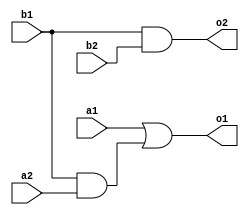
// Implement the O operator.
module O_Operator(a1, b1, a2, b2, o1, o2);

    // Module parameters.
    input a1, b1, a2, b2;
    output o1, o2;

    // Temp variables.
    wire tmp;

    // Gate assignments.
    and(tmp, b1, a2);
    or(o1, a1, tmp);
    and(o2, b1, b2);

endmodule